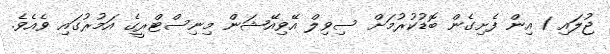
ޖުލައި 1 އިން ފެށިގެން ބޮޑުކުރުމަށް ސިވިލް އޭވިއޭޝަން މިނިސްޓްރީގެ އަމުރުގައި ވެއެވެ.